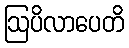
ဩပိလာပေတိ